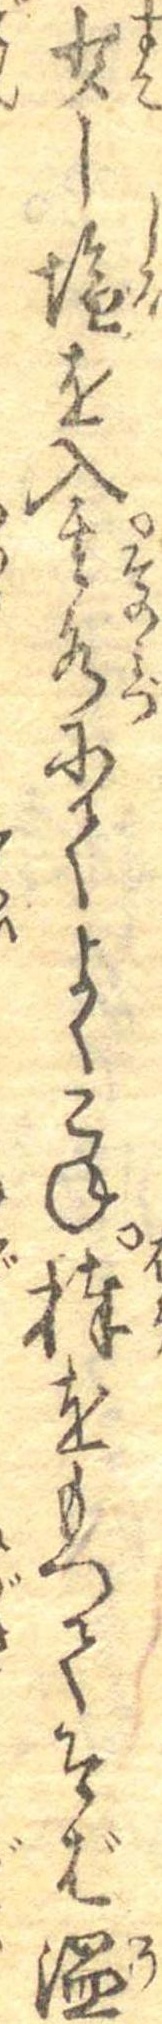
少し塩を入其水にてよくこね棒をもつてそば温